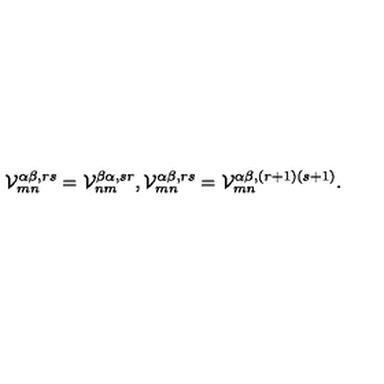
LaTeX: { \cal V } _ { m n } ^ { \alpha \beta , r s } = { \cal V } _ { n m } ^ { \beta \alpha , s r } , { \cal V } _ { m n } ^ { \alpha \beta , r s } = { \cal V } _ { m n } ^ { \alpha \beta , ( r + 1 ) ( s + 1 ) } .